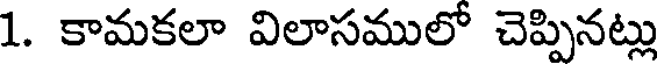
1. కామకలా విలాసములో చెప్పినట్లు